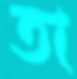
তা